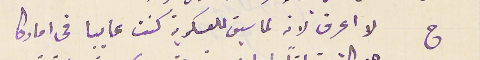
ج لا اعرف لانه سيق للعسكرية كنت عايبا في اماركا